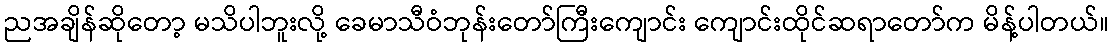
ညအချိန်ဆိုတော့ မသိပါဘူးလို့ ခေမာသီဝံဘုန်းတော်ကြီးကျောင်း ကျောင်းထိုင်ဆရာတော်က မိန့်ပါတယ်။